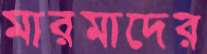
মারমাদের